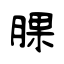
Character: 腂